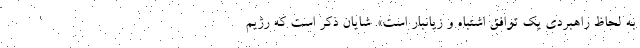
به لحاظ راهبردی یک توافق اشتباه و زیانبار است». شایان ذکر است که رژیم